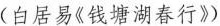
（白居易《钱塘湖春行》）